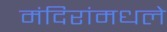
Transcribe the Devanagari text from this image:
मंदिरांमधले